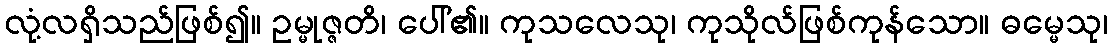
လုံ့လရှိသည်ဖြစ်၍။ ဥမ္မုဇ္ဇတိ၊ ပေါ်၏။ ကုသလေသု၊ ကုသိုလ်ဖြစ်ကုန်သော။ ဓမ္မေသု၊